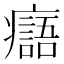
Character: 𤻭